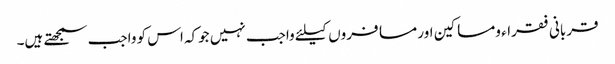
قربانی فقراء ومساکین اور مسافروں کیلئے واجب نہیں جوکہ اس کو واجب سمجھتے ہیں۔